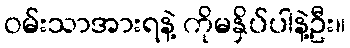
ဝမ်းသာအားရနဲ့ ကိုမနှိပ်ပါနဲ့ဦး။